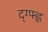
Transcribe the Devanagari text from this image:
द्ग्फ्ह्न